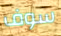
سوف